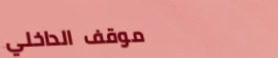
موقف الداخلي